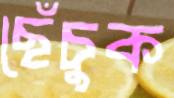
ছেঁচুক